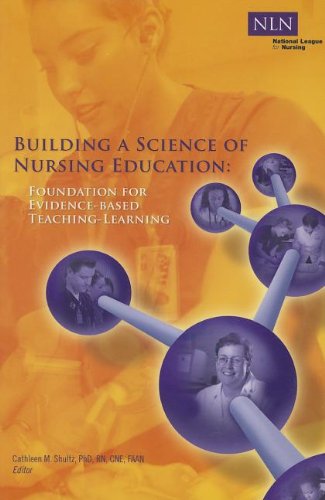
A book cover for Building a Science of Nursing Education: Foundation for Evidence-Based Teaching-Learning; Cathleen Shultz PhD  RN  CNE  FAAN; Medical Books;